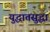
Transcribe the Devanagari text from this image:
युद्धातसुद्धा